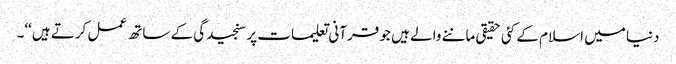
دنیا میں اسلام کے کئی حقیقی ماننے والے ہیں جو قرآنی تعلیمات پر سنجیدگی کے ساتھ عمل کرتے ہیں‘‘۔